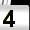
Digit: 4